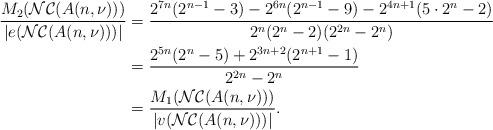
LaTeX: \begin{align*}\dfrac{M_{2}(\mathcal{NC}(A(n,\nu)))}{|e( \mathcal{NC}(A(n,\nu)) )|} & = \dfrac{2^{7n}(2^{n-1}-3)-2^{6n}(2^{n-1}-9)-2^{4n+1}(5\cdot 2^{n}-2)}{2^{n}(2^{n}-2)(2^{2n}-2^{n})}\\& = \dfrac{2^{5n}(2^{n}-5)+2^{3n+2}(2^{n+1}-1)}{2^{2n}-2^{n}}\\& = \dfrac{M_{1}(\mathcal{NC}(A(n,\nu)))}{|v(\mathcal{NC}(A(n,\nu)))|}.\end{align*}